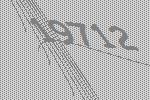
19712